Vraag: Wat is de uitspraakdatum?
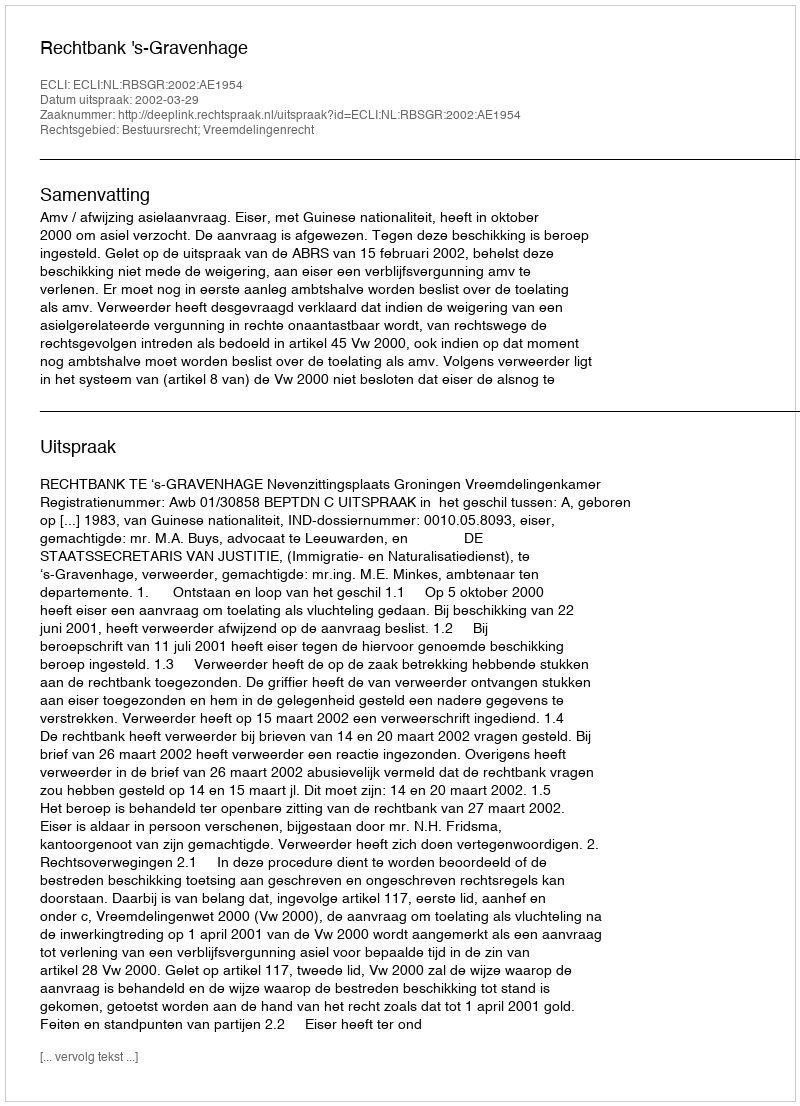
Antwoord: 2002-03-29